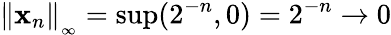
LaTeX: \left\Vert\mathbf{x}_{n}\right\Vert_{_{\infty}}=\operatorname*{sup}(2^{-n},0)=2^{-n}\rightarrow 0